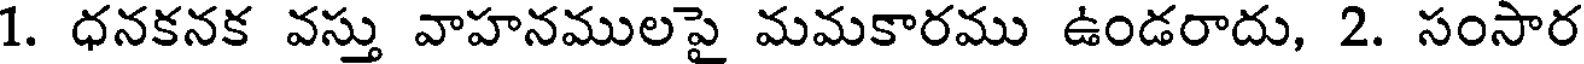
1. ధనకనక వస్తు వాహనములపై మమకారము ఉండరాదు, 2. సంసార